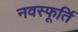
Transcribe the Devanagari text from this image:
नवस्फूर्ति